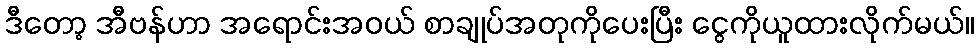
ဒီတော့ အီဗန်ဟာ အရောင်းအဝယ် စာချုပ်အတုကိုပေးပြီး ငွေကိုယူထားလိုက်မယ်။